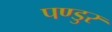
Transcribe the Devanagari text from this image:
पण्डुर